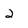
Character: 2